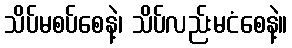
သိပ်မစပ်စေနဲ့၊ သိပ်လည်းမငံစေနဲ့။